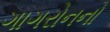
ગાગરોનનો